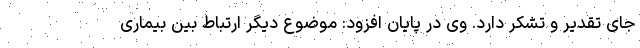
جای تقدیر و تشکر دارد. وی در پایان افزود: موضوع دیگر ارتباط بین بیماری